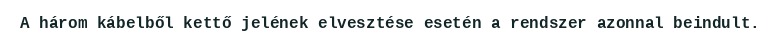
A három kábelből kettő jelének elvesztése esetén a rendszer azonnal beindult.